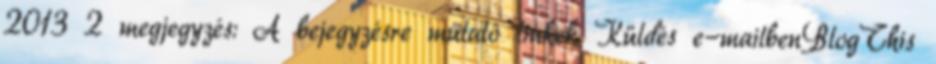
2013 2 megjegyzés: A bejegyzésre mutató linkek Küldés e-mailbenBlogThis